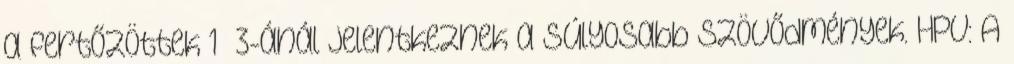
a fertőzöttek 1 3-ánál jelentkeznek a súlyosabb szövődmények. HPV: A